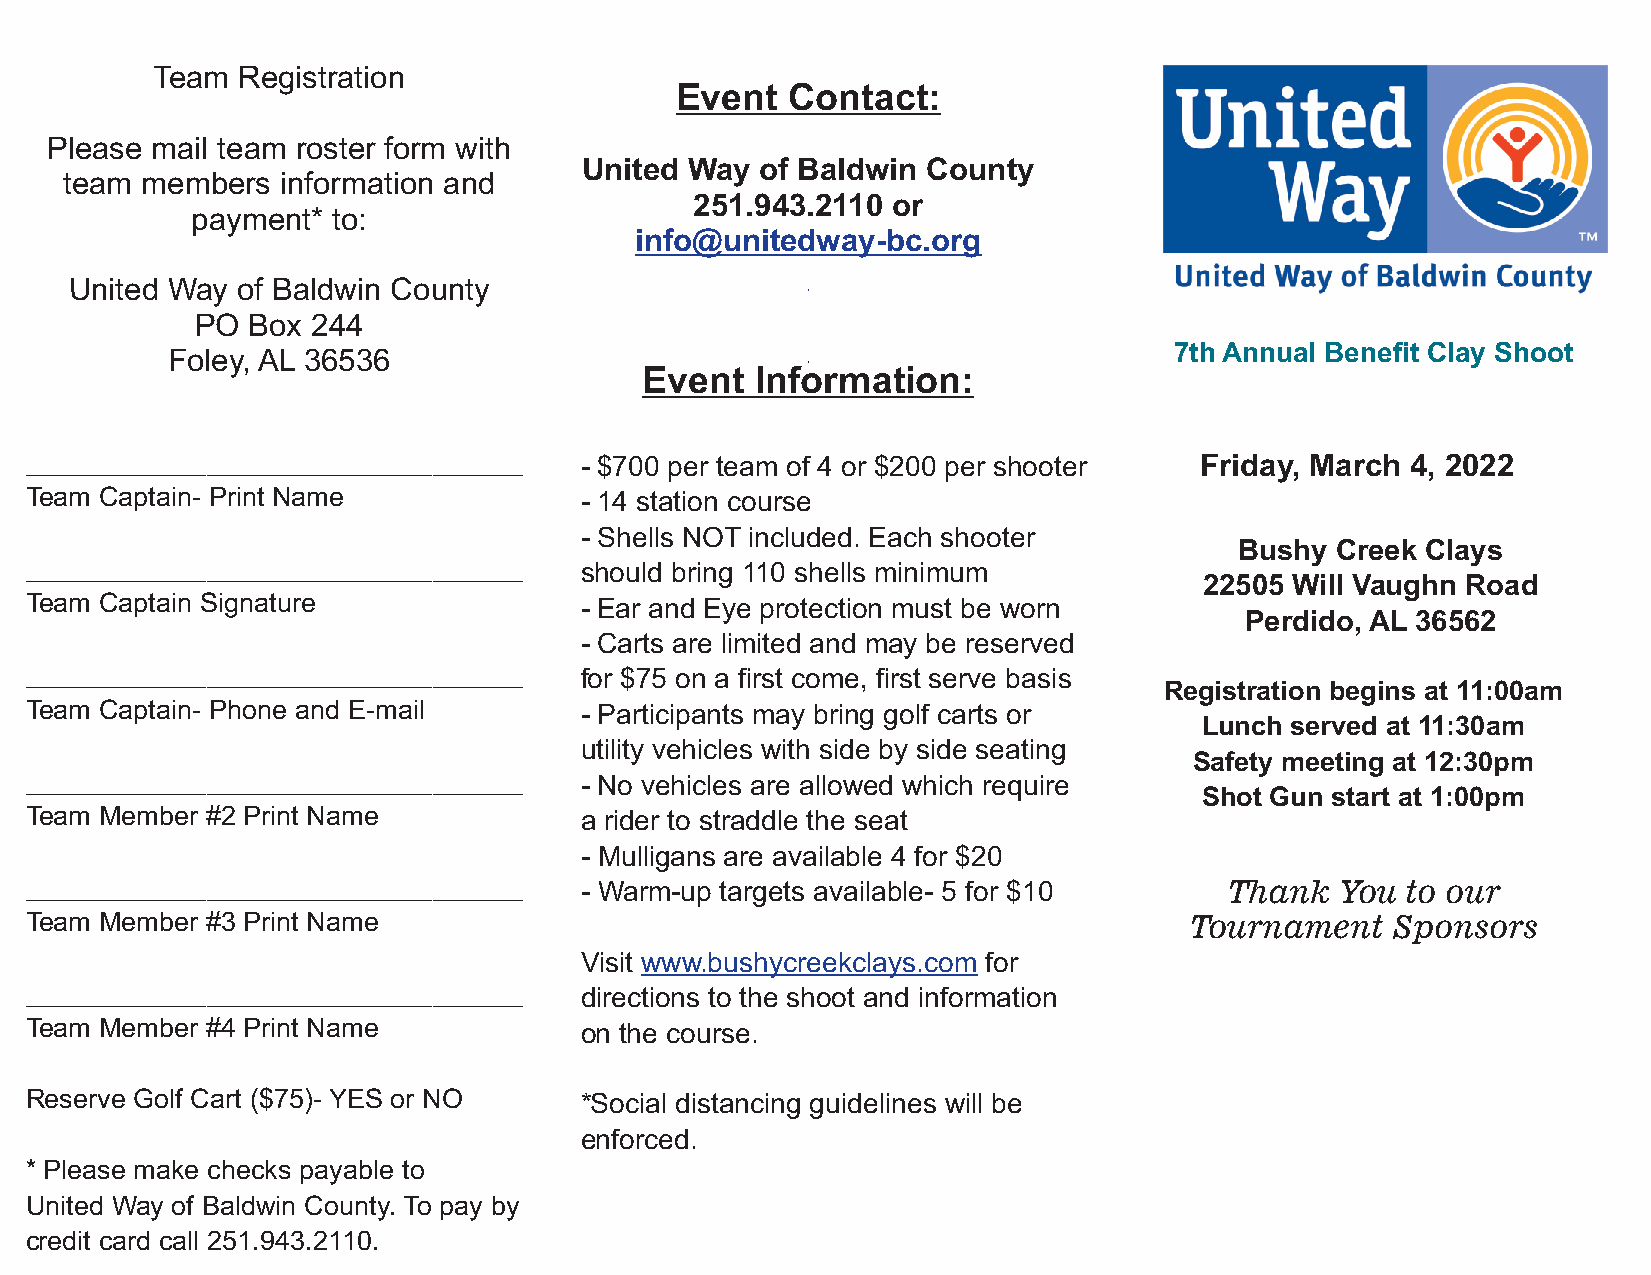
Team  Registration
 Event  Contact:
 Please mail team roster form with
 United Way of Baldwin County
 team members   information and
 251.943.2110 or
 payment* to:
 info@unitedway-bc.org
 United Way of Baldwin County
 PO Box  244
 7th Annual Benefit Clay Shoot
 Foley, AL 36536
 Event  Information:
 _________________________________   - $700 per team of 4 or $200 per shooter Friday, March 4, 2022
 Team Captain- Print Name            - 14 station course
 - Shells NOT included. Each shooter
 Bushy Creek Clays
 _________________________________   should bring 110 shells minimum
 22505 Will Vaughn Road
 Team Captain Signature              - Ear and Eye protection must be worn
 Perdido, AL 36562
 - Carts are limited and may be reserved
 _________________________________   for $75 on a first come, first serve basis
 Registration begins at 11:00am
 Team Captain- Phone and E-mail      - Participants may bring golf carts or
 Lunch served at 11:30am
 utility vehicles with side by side seating
 Safety meeting at 12:30pm
 _________________________________   - No vehicles are allowed which require
 Shot Gun start at 1:00pm
 Team Member #2 Print Name           a rider to straddle the seat
 - Mulligans are available 4 for $20
 _________________________________   - Warm-up targets available- 5 for $10     Thank   You to our
 Team Member #3 Print Name                                                    Tournament   Sponsors
 Visit www.bushycreekclays.com for
 _________________________________   directions to the shoot and information
 Team Member #4 Print Name           on the course.
 Reserve Golf Cart ($75)- YES or NO  *Social distancing guidelines will be
 enforced.
 * Please make checks payable to
 United Way of Baldwin County. To pay by
 credit card call 251.943.2110.